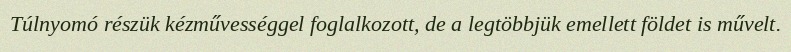
Túlnyomó részük kézművességgel foglalkozott, de a legtöbbjük emellett földet is művelt.